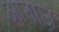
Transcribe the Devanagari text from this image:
आनाज